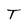
Character: T